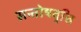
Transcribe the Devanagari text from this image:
सन्तोषवृत्ति